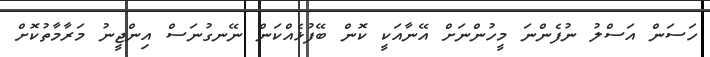
ހަސަަން އަސްލު ނުފެންނަ މީހުންނަށް އޭނާއަކީ ކޮން ބޭފުޅެއްކަން ނޭނގުނަސް އިންޖީނު މަރާމާތުކޮށް